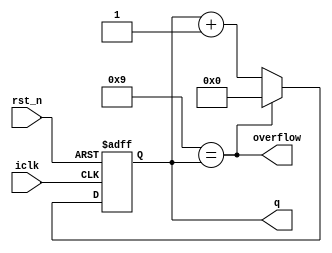
module Counter10
	(
		iclk,
		rst_n,
		q,
		overflow
	);
input iclk;
input rst_n;
output reg [3:0] q;
output overflow;
always @(posedge iclk or negedge rst_n)
	begin
		if(~rst_n) q <= 4'h0;
		else
		begin
		if(4'h9 == q) q <= 4'h0;
		else q <= q + 4'h1;
		end
	end
assign overflow = 4'h9 == q;
endmodule